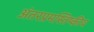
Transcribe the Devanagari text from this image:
अंतरप्रमस्तिष्‍कीय